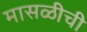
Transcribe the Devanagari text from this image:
मासळीची